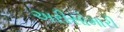
અરીસોમારી